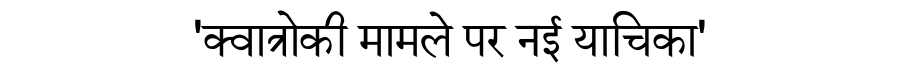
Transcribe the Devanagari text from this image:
'क्वात्रोकी मामले पर नई याचिका'